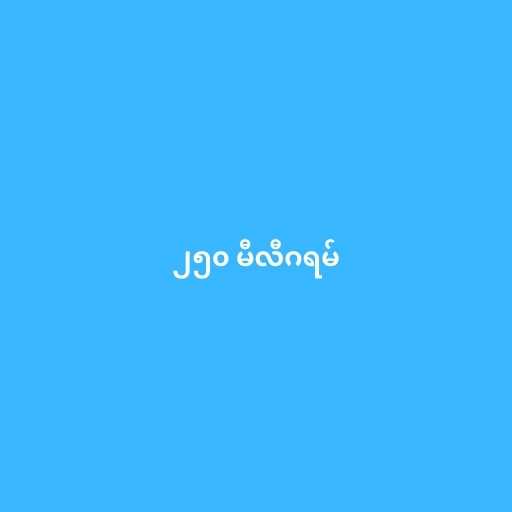
၂၅၀ မီလီဂရမ်